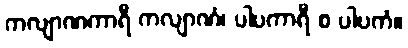
ကလျာဏကာရီ ကလျာဏံ၊ ပါပကာရီ စ ပါပကံ။